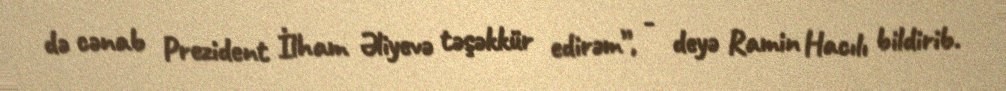
də cənab Prezident İlham Əliyevə təşəkkür edirəm”, - deyə Ramin Hacılı bildirib.